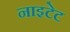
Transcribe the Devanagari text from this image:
नाइटेट